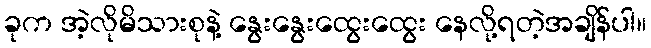
ခုက အဲ့လိုမိသားစုနဲ့ နွေးနွေးထွေးထွေး နေလို့ရတဲ့အချိန်ပါ။